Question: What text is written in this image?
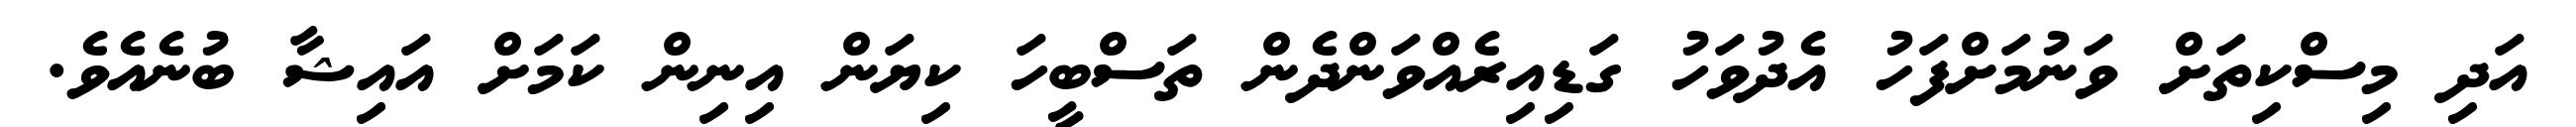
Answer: އަދި މިސްކިތަށް ވަނުމަށްފަހު އެދުވަހު ގަޑިއިރެއްވަންދެން ތަސްބީހަ ކިޔަން އިނިން ކަމަށް އައިޝާ ބުނެއެވެ.